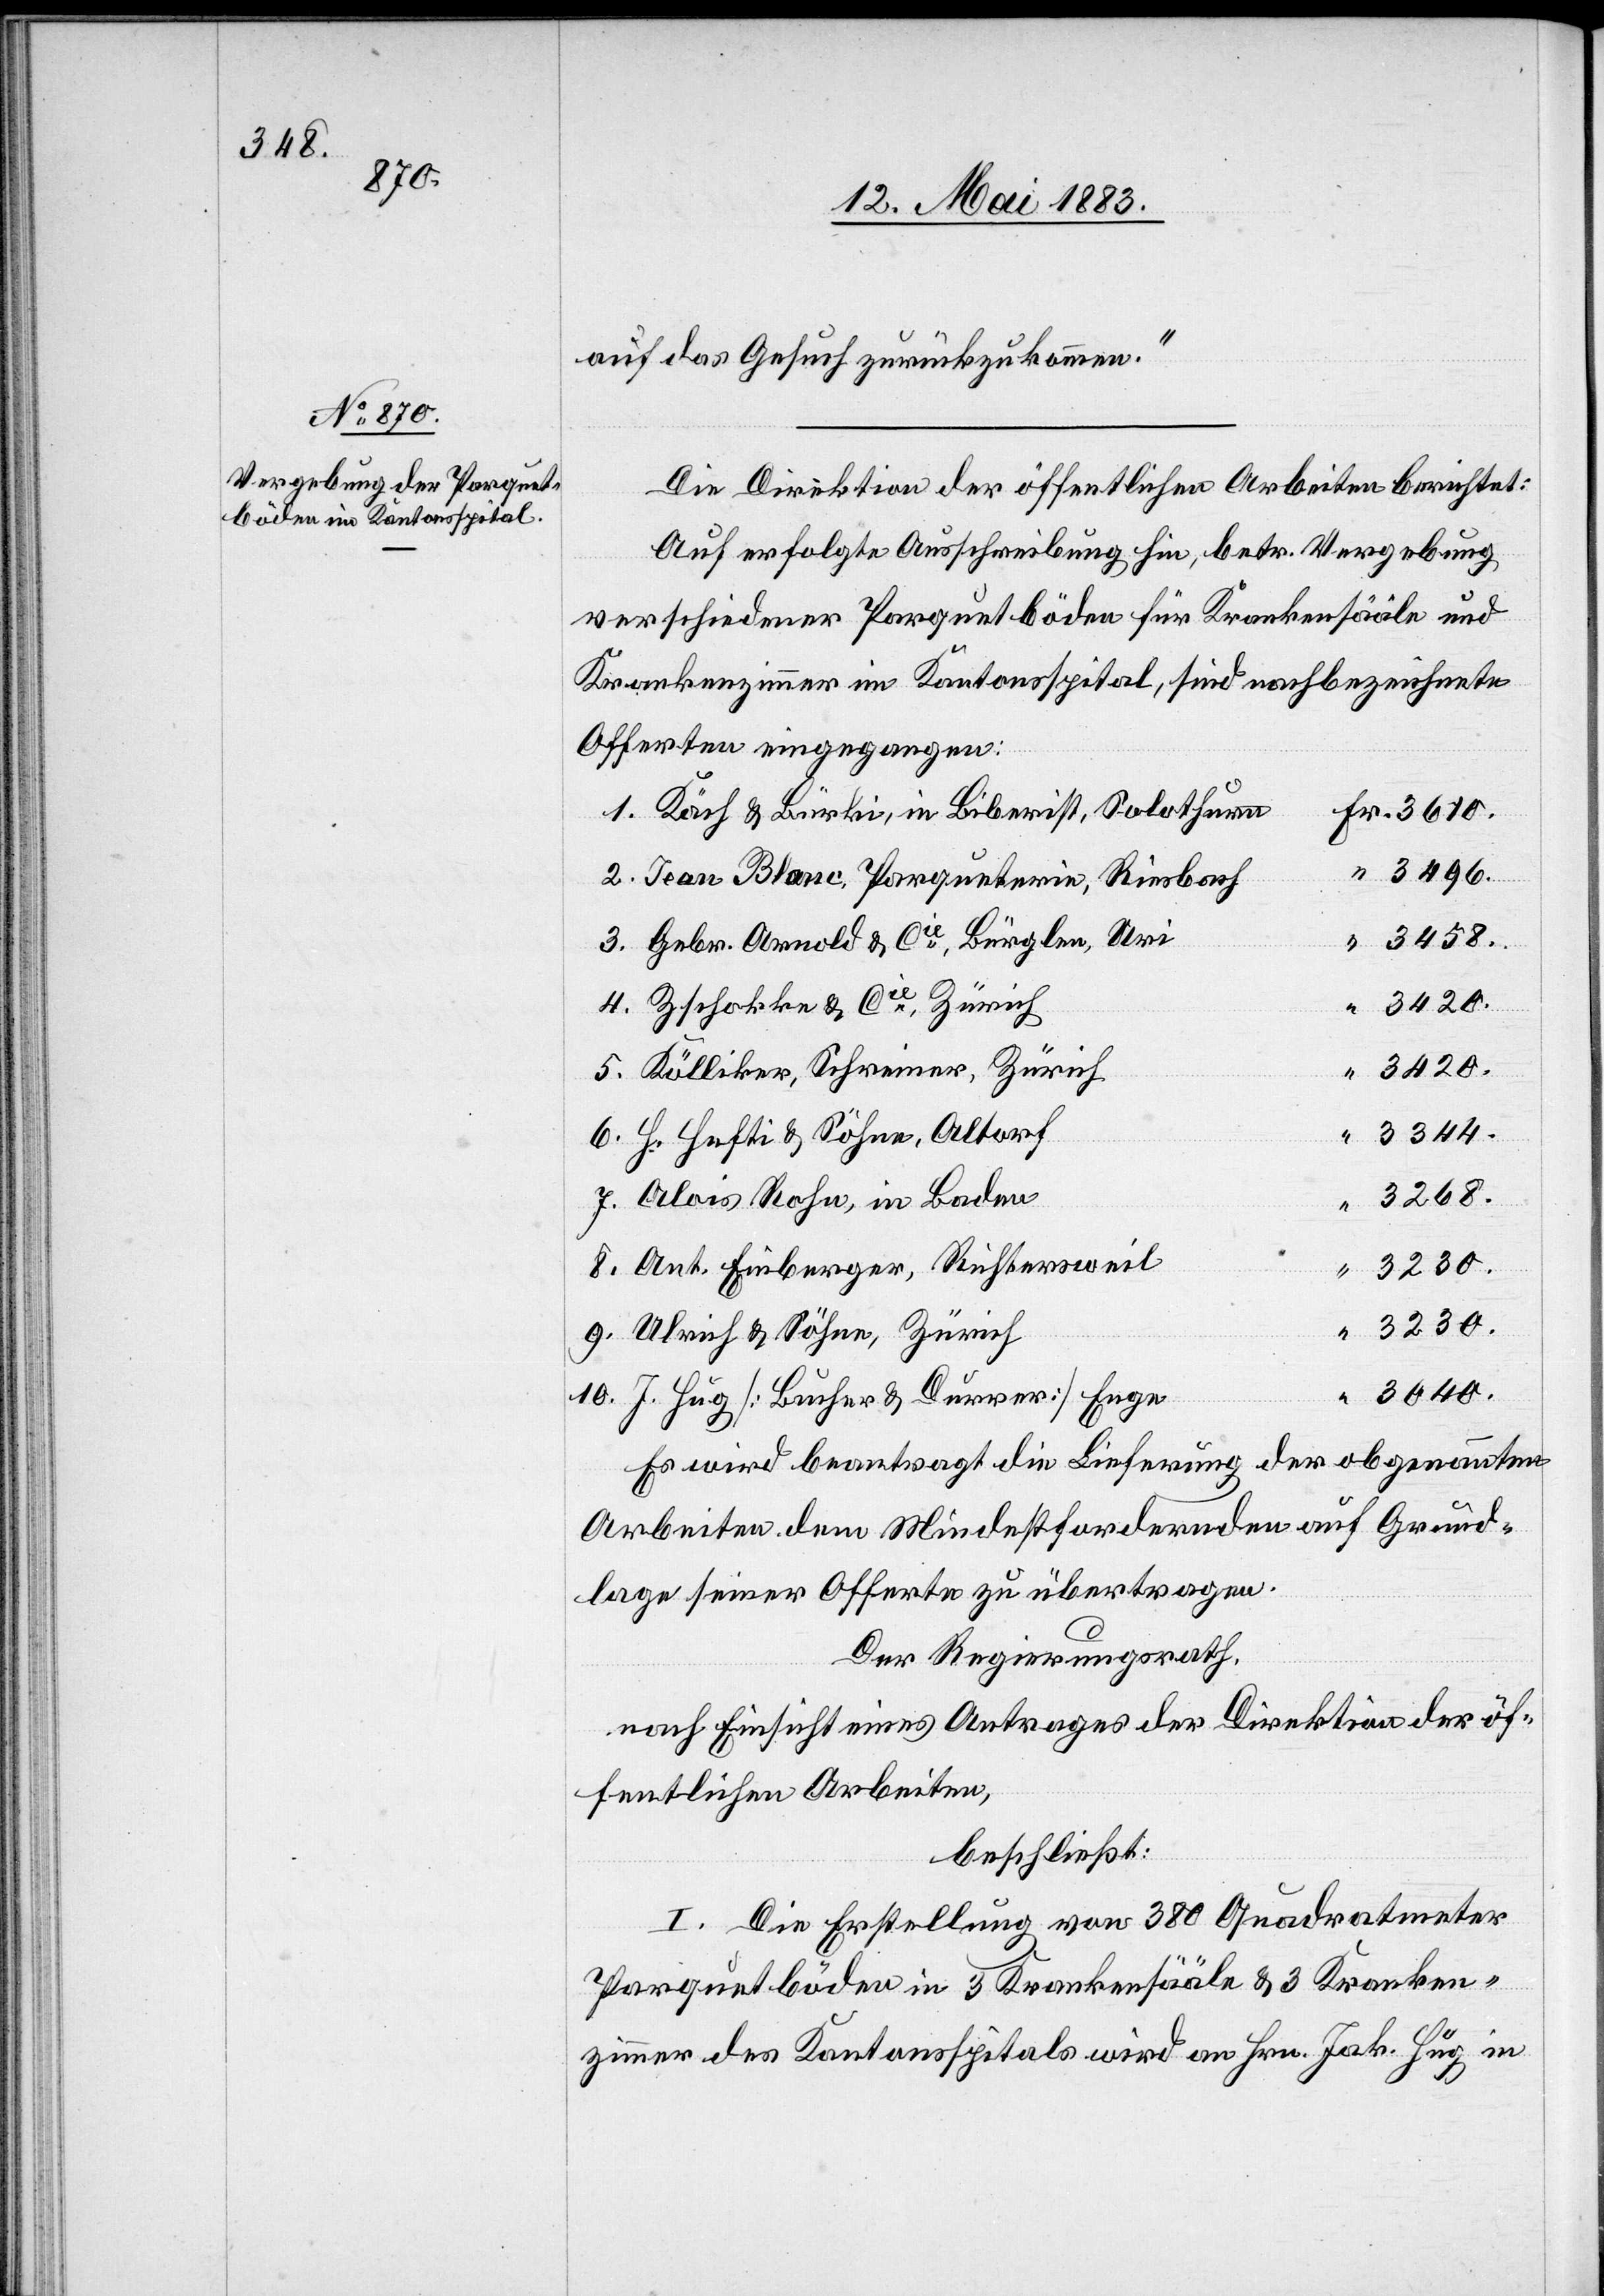
auf das Gesuch zurückzukommen.“
Die Direktion der öffentlichen Arbeiten berichtet:
Auf erfolgte Ausschreibung hin, betr. Vergebung
verschiedener Parquetböden für Krankensääle und
Krankenzimmer im Kantonsspital, sind nachbezeichnete
Offerten eingegangen:
1. Köch & Bürki, in Biberist, Solothurn
3496.
2. Jean Blanc, Parqueterie, Riesbach
3. Gebr. Arnold & Cie, Bürglen, Uri
“
3420.
4. Zschokke & Cie, Zürich
3420.
5. Kölliker, Schreiner, Zürich
3344.
6. H. Hefti & Söhne, Altorf
3268.
7. Alois Rohn, in Baden
8. Ant. Einberger, Richtersweil
3230.
9. Ulrich & Söhne, Zürich
3040.
10. J. Hug [Bucher & Durrer] Enge
Fr.
Es wird beantragt die Lieferung der obgenannten
Arbeiten dem Mindestfordernden auf Grund¬
lage seiner Offerte zu übertragen.
Der Regierungsrath,
nach Einsicht eines Antrages der Direktion der öf¬
fentlichen Arbeiten,
beschließt:
I. Die Erstellung von 380 Quadratmeter
Parquetböden in 3 Krankensääle[n] & 3 Kranken¬
zimmer des Kantonsspitals wird an Hrn. Jak. Hug in